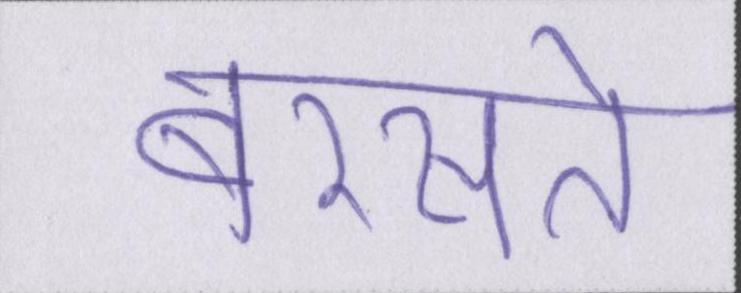
बरसते